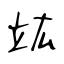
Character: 竑